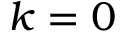
k = 0